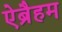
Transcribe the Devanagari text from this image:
ऐब्रैहम